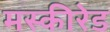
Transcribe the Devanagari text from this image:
मस्कीरेड